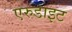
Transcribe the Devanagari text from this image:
एरुडाइट